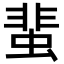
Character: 蜚